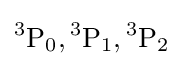
{}^{3}\mathrm {P} _{0},{}^{3}\mathrm {P} _{1},{}^{3}\mathrm {P} _{2}